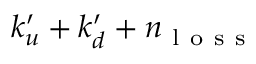
k _ { u } ^ { \prime } + k _ { d } ^ { \prime } + n _ { \mathrm { ~ l ~ o ~ s ~ s ~ } }